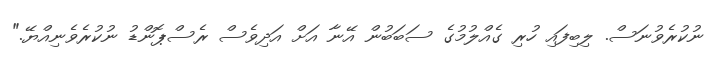
ނުކުރެވުނަސް. ލިބިފައި ހުރި ގެއްލުމުގެ ސަބަބުން އޭނާ އަށް އަދިވެސް ރެސްޕޮންޑު ނުކުރެވެނިއްޔޭ."